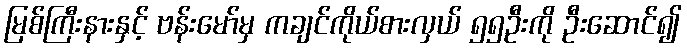
မြစ်ကြီးနားနှင့် ဗန်းမော်မှ ကချင်ကိုယ်စားလှယ် ၅၅ဦးကို ဦးဆောင်၍